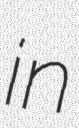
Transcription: in